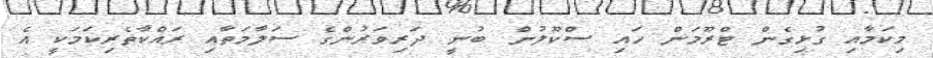
މިކަމާއި ގުޅިގެން ޓްރޫމަން ހައި ސްކޫލުން ބުނީ ދަރިވަރުންގެ ސަލާމަތާއި ރައްކާތެރިކަމަކީ އެ